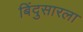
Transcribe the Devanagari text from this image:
बिंदुसारला